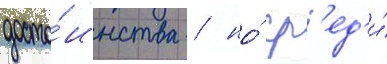
досто́инства / но́ ср'ед'и́